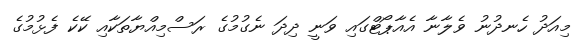
މިއަދު ހެނދުނު ވެލާނާ އެއާޕޯޓްގައި ވަނީ ދިިދަ ނެގުމުގެ ރަސްމިއްޔާތަކާއި ކޭކެ ފެޅުމުގެ